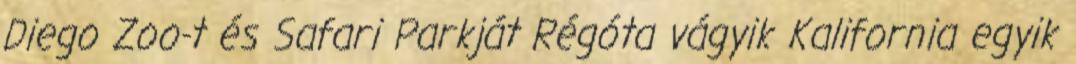
Diego Zoo-t és Safari Parkját Régóta vágyik Kalifornia egyik